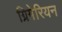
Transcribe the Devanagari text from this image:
ग्रिगेरियन